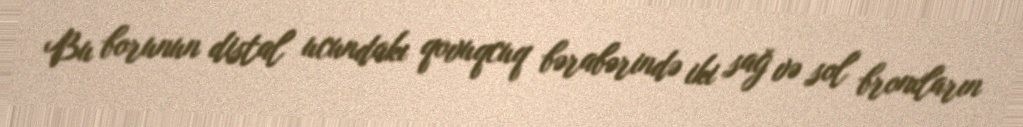
Bu borunun distal ucundakı qovuqcuq bərabərində iki sağ və sol bronxların